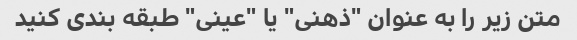
متن زیر را به عنوان "ذهنی" یا "عینی" طبقه بندی کنید